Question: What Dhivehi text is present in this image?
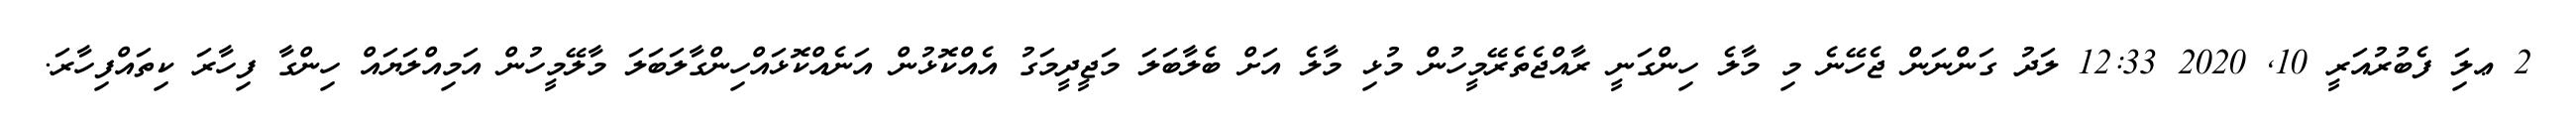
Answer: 2 ޢލަި ފެބުރުއަރީ 10, 2020 12:33 ލަދު ގަންނަން ޖެހޭނެ މި މާލެ ހިންގަނީ ރާއްޖެތެރޭމީހުން މުޅި މާލެ އަށް ބެލާބަލަ މަޖީދީމަގު އެއްކޮޅުން އަނެއްކޮޅައްހިންގާލަބަލަ މާލޭމީހުން އަމިއްލަޔައް ހިންގާ ފިހާރަ ކިތައްފިހާރަ.